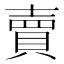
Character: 賣